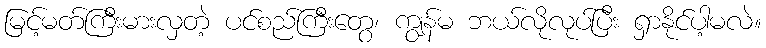
မြင့်မတ်ကြီးမားလှတဲ့ ပင်စည်ကြီးတွေ၊ ကျွန်မ ဘယ်လိုလုပ်ပြီး ရှာနိုင်ပါ့မလဲ။